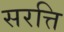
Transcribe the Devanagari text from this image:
सरत्ति